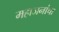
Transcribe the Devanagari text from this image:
महाजनांचा